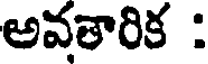
అవతారిక :